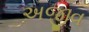
અજીવ